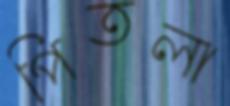
পিতলা